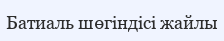
Батиаль шөгіндісі жайлы